Annual report of the Punjab Veterinary College and of the Civil Veterinary Department, Punjab - 1926-1932
Year: 1926
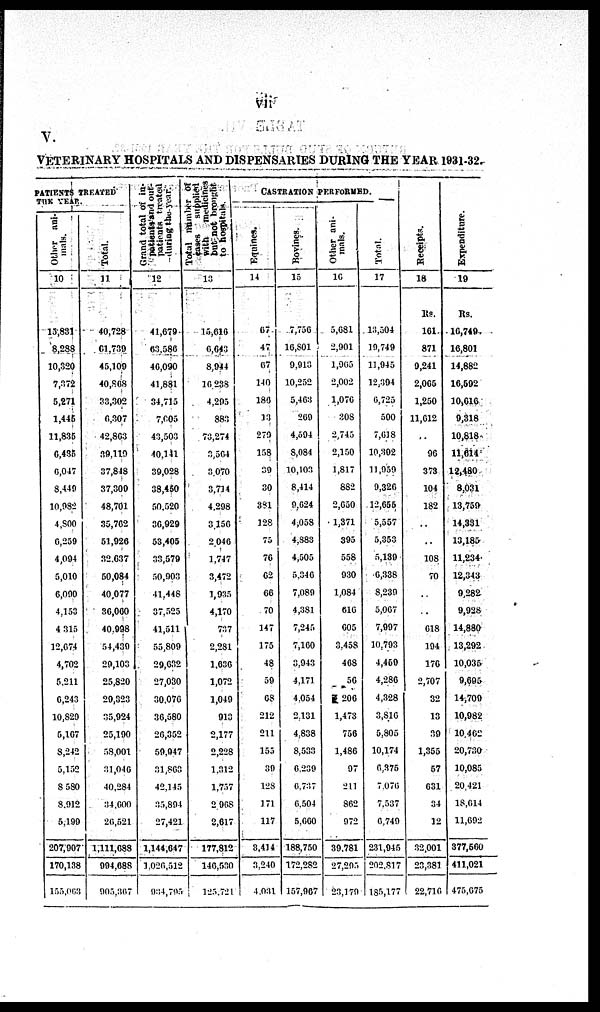
vii
V.
VETERINARY HOSPITALS AND DISPENSARIES DURING THE YEAR 1931-32.
PATIENTS TREATED
THE YEAR.
Other ani-
mals.
10
15,831
8,238
10,320
7,372
5,271
1,445
11,835
6,435
6,047
8,449
10,982
4,800
6,250
4,094
5,010
6,000
4,153
4,315
12,674
4,702
6,211
6,243
10,829
5,167
8,242
5,152
8,580
8,912
5,190
207,907
170,138
155,063
Total.
11
40,728
61,739
45,109
40,868
33,302
6,307
42,863
39,119
37,848
37,300
48,701
35,762
51,926
32,637
50,084
40,077
36,060
40,998
54,439
29,103
25,820
29,323
35,924
25,190
58,001
31,046
40,284
34,600
26,521
1,111,688
994,688
905,367
Grand total of in-
patients and out-
patients treated
during the year.
12
41,679
63,586
46,090
41,881
34,715
7,605
43,503
40,141
39,028
38,460
50,520
36,929
53,405
33,579
50,903
41,448
37,525
41,511
55,809
29,632
27,030
30,076
36,580
20,352
59,947
31,863
42,145
35,894
27,421
1,144,647
1,026,512
934,795
Total number of
with medicines
but not brought
to hospitals.
13
15,616
6,643
8,944
10,238
4,295
883
73,274
3,564
3,070
3,714
4,298
3,156
2,046
1,747
3,472
1,935
4,170
737
2,281
1,636
1,072
1,049
910
2,177
2,228
1,312
1,757
2,968
2,617
177,812
140,530
125,721
CASTRATION PERFORMED.
Equines.
14
67
47
67
140
186
13
279
158
39
30
381
128
75
76
62
66
70
147
175
48
59
68
212
211
155
39
128
171
117
3,414
3,240
4,031
Bovines.
15
7,756
16,801
9,913
10,252
5,463
269
4,594
8,084
10,103
8,414
9,624
4,058
4,388
4,505
5,346
7,089
4,381
7,245
7,160
3,943
4,171
4,054
2,131
4,838
8,533
6.239
6,737
6,504
5,660
188,750
172,282
157,967
Other ani-
mals.
16
5,681
2,901
1,905
2,002
1,076
308
2,745
2,150
1,817
882
2,650
1,371
395
558
930
1,084
616
605
3,458
468
56
206
1,473
756
1,486
97
211
862
972
39,781
27,205
23,179
Total.
17
13,504
19,749
11,945
12,394
6,725
500
7,618
10,302
11,959
9,326
12,655
5,557
5,353
5,189
6,338
8,239
5,067
7,907
10,793
4,469
4,286
4,328
3,810
5,805
10,174
6,375
7,076
7,537
6,749
231,945
202,817
185,177
Receipts.
18
Rs.
161
871
9,241
2,665
1,250
11,612
..
96
373
104
182
..
..
108
70
..
..
618
194
176
2,707
32
13
39
1,355
57
631
34
12
32,001
23,381
22,716
Expenditure.
19
Rs.
10,749
16,801
14,882
16,592
10,616
9,318
10,818
11,614
12,480
8,031
13,759
14,331
13,185
11,234
12,343
9,282
9,928
14,880
13,292
10,035
9,695
14,709
10,982
10,462
20,730
10,085
20,421
18,614
11,692
377,560
411,021
475,675